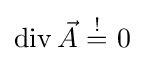
\operatorname {div} {\vec {A}}{~{\stackrel {!}{=}}~}0